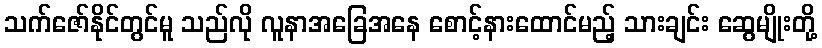
သက်ဇော်နိုင်တွင်မူ သည်လို လူနာအခြေအနေ စောင့်နားထောင်မည့် သားချင်း ဆွေမျိုးတို့